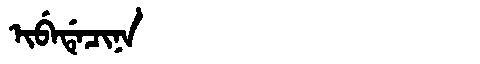
Manchu: ᡳᠪᡝᡩᡝᠴᡳᠨᠠ
Romanization: IBEDECINA